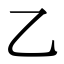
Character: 乙